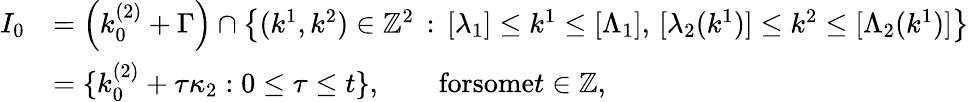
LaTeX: \begin{array}{rl}{I_{0}}&{=\left(k_{0}^{(2)}+\Gamma\right)\cap\left\{ (k^{1},k^{2})\in\mathbb{Z}^{2}\, :\, [\lambda_{1}]\leq k^{1}\leq[\Lambda_{1}],\, [\lambda_{2}(k^{1})]\leq k^{2}\leq[\Lambda_{2}(k^{1})]\right\} }\\ &{=\{ k_{0}^{(2)}+\tau\kappa_{2}:0\leq\tau\leq t\} ,\qquad\textnormal{forsome}t\in\mathbb{Z},}\end{array}